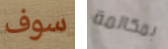
سوف بمكالمة